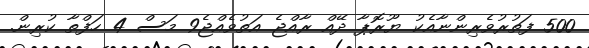
500 ފަތުރުވެރިންނާއެކު ޔޫރޮޕާ ދޭއް ރާއްޖެ އަތުވެއްޖެ9 މަސް 4 ހަފްތާ ކުރިން.